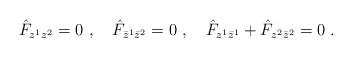
\begin{align*} \hat{{F}}_{z^1z^2}=0\ ,\quad \hat{{F}}_{\bar{z}^1\bar{z}^2}=0\ ,\quad \hat{{F}}_{z^1\bar{z}^1}+\hat{{F}}_{z^2\bar{z}^2}=0\ .\end{align*}